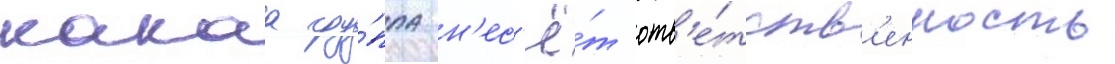
какаа гру́ппа н'ес'ё́т отв'е́тств'енность